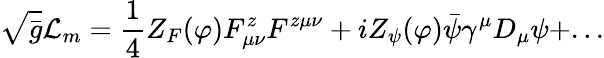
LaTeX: \sqrt{\bar{g}}{\cal{L}}_{m}=\frac{1}{4}Z_{F}(\varphi)F_{\mu\nu}^{z}F^{z\mu\nu}+iZ_{\psi}(\varphi)\bar{\psi}\gamma^{\mu}D_{\mu}\psi+...